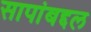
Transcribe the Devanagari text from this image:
सापांबद्दल